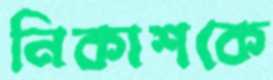
নিকাশকে